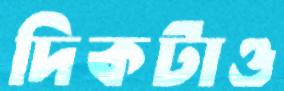
দিকটাও